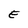
Character: E